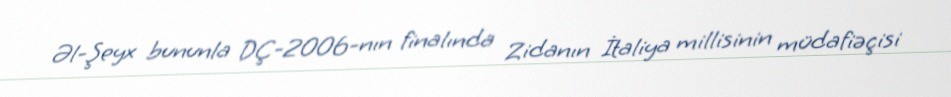
Əl-Şeyx bununla DÇ-2006-nın finalında Zidanın İtaliya millisinin müdafiəçisi